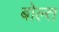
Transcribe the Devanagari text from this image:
बोल्त